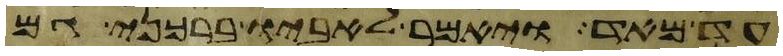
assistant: עד מאד ויאמר לאביו ברכני גם